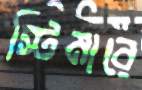
স্টিমারে